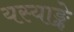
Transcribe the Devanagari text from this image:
यस्याङ्के